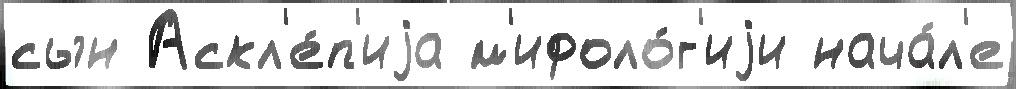
сын Аскл'е́п'иjа м'ифоло́г'иjи нача́л'е